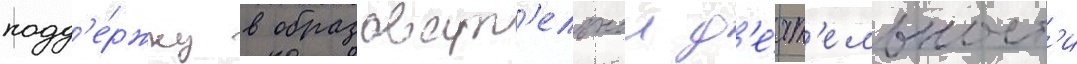
подд'е́ржку в образоват'ельнои д'е́ят'ельност'и